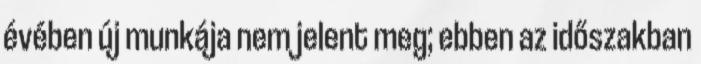
évében új munkája nem jelent meg; ebben az időszakban